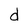
Character: d